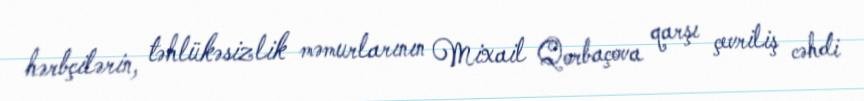
hərbçilərin, təhlükəsizlik məmurlarının Mixail Qorbaçova qarşı çevriliş cəhdi